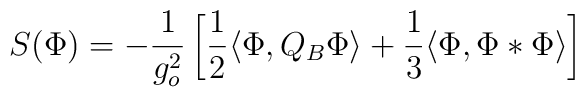
S(\Phi)=-\frac{1}{g_o^2}\left[\frac{1}{2}\langle\Phi,Q_B\Phi\rangle+\frac{1}{3}\langle\Phi,\Phi *\Phi\rangle\right]